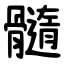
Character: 髓